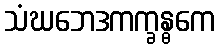
သံဃဘေဒကက္ခန္ဓကေ